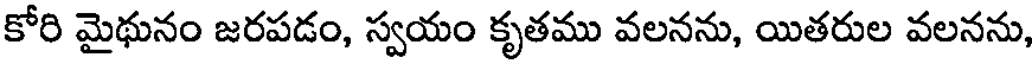
కోరి మైథునం జరపడం, స్వయం కృతము వలనను, యితరుల వలనను,